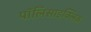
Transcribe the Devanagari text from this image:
पॉलिसाइक्लिक